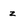
Character: z